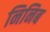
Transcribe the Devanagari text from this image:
निनिब